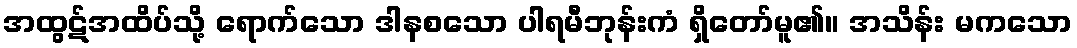
အထွဋ်အထိပ်သို့ ရောက်သော ဒါနစသော ပါရမီဘုန်းကံ ရှိတော်မူ၏။ အသိန်း မကသော